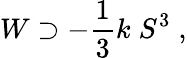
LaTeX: W\supset-{\frac{1}{3}}k\; S^{3}\; ,